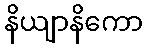
နိယျာနိကော